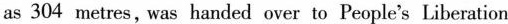
as 304 metres,was handed over to People's Liberation